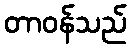
တာဝန်သည်